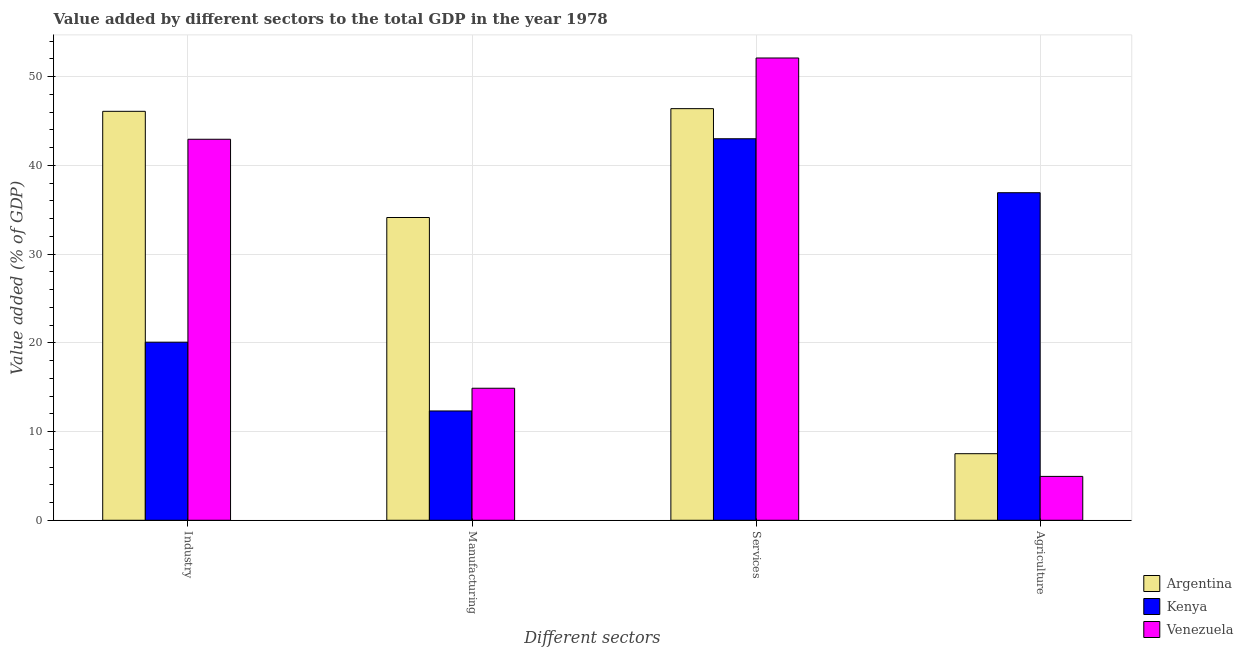
| Different sectors | Argentina | Kenya | Venezuela |
 | --- | --- | --- | --- |
 | Industry | 46.1 | 20.1 | 42.9 |
 | Manufacturing | 34.1 | 12.3 | 14.9 |
 | Services | 46.4 | 43 | 52.1 |
 | Agriculture | 7.5 | 36.9 | 4.94 |